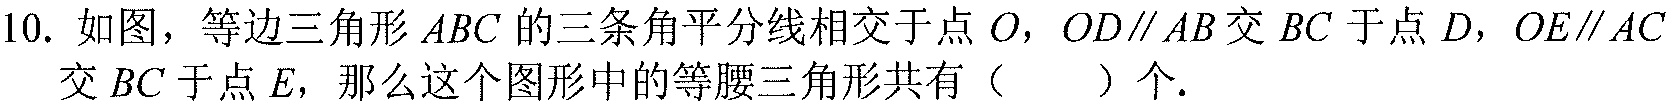
10. 如图，等边三角形 \(ABC\) 的三条角平分线相交于点 \(O\)，\(OD\parallel AB\)交 \(BC\) 于点 \(D\)，\(OE\parallel AC\) 交 \(BC\) 于点 \(E\)，那么这个图形中的等腰三角形共有（  ）个.